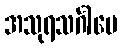
အသုရသင်္ဂါမေ